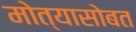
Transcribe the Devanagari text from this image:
मोत्यासोबत